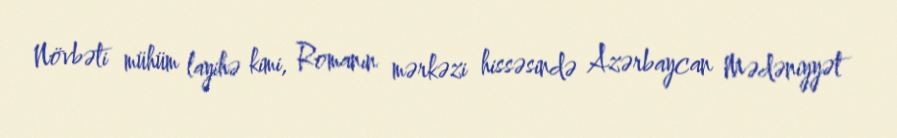
Növbəti mühüm layihə kimi, Romanın mərkəzi hissəsində Azərbaycan Mədəniyyət